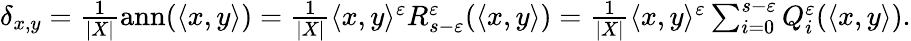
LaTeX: \begin{array}{r}{\delta_{x,y}=\frac{1}{|X|}\mathrm{ann}(\langle x,y\rangle)=\frac{1}{|X|}\langle x,y\rangle^{\varepsilon}R_{s-\varepsilon}^{\varepsilon}(\langle x,y\rangle)=\frac{1}{|X|}\langle x,y\rangle^{\varepsilon}\sum_{i=0}^{s-\varepsilon}Q_{i}^{\varepsilon}(\langle x,y\rangle).}\end{array}